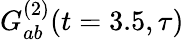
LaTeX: G_{ab}^{(2)}(t=3.5,\tau)